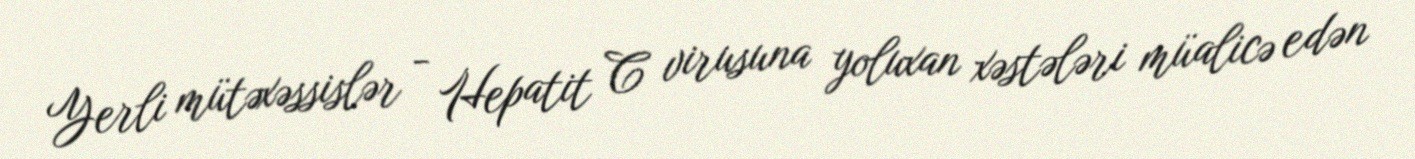
Yerli mütəxəssislər - Hepatit C virusuna yoluxan xəstələri müalicə edən